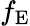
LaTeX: f_{\mathrm{E}}